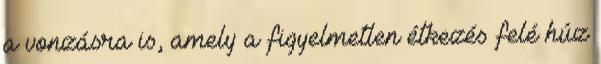
a vonzásra is, amely a figyelmetlen étkezés felé húz